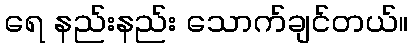
ရေ နည်းနည်း သောက်ချင်တယ်။